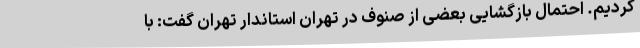
کردیم. احتمال بازگشایی بعضی از صنوف در تهران استاندار تهران گفت: با